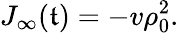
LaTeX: J_{\infty}(\mathfrak{t})=-v\rho_{0}^{2}.